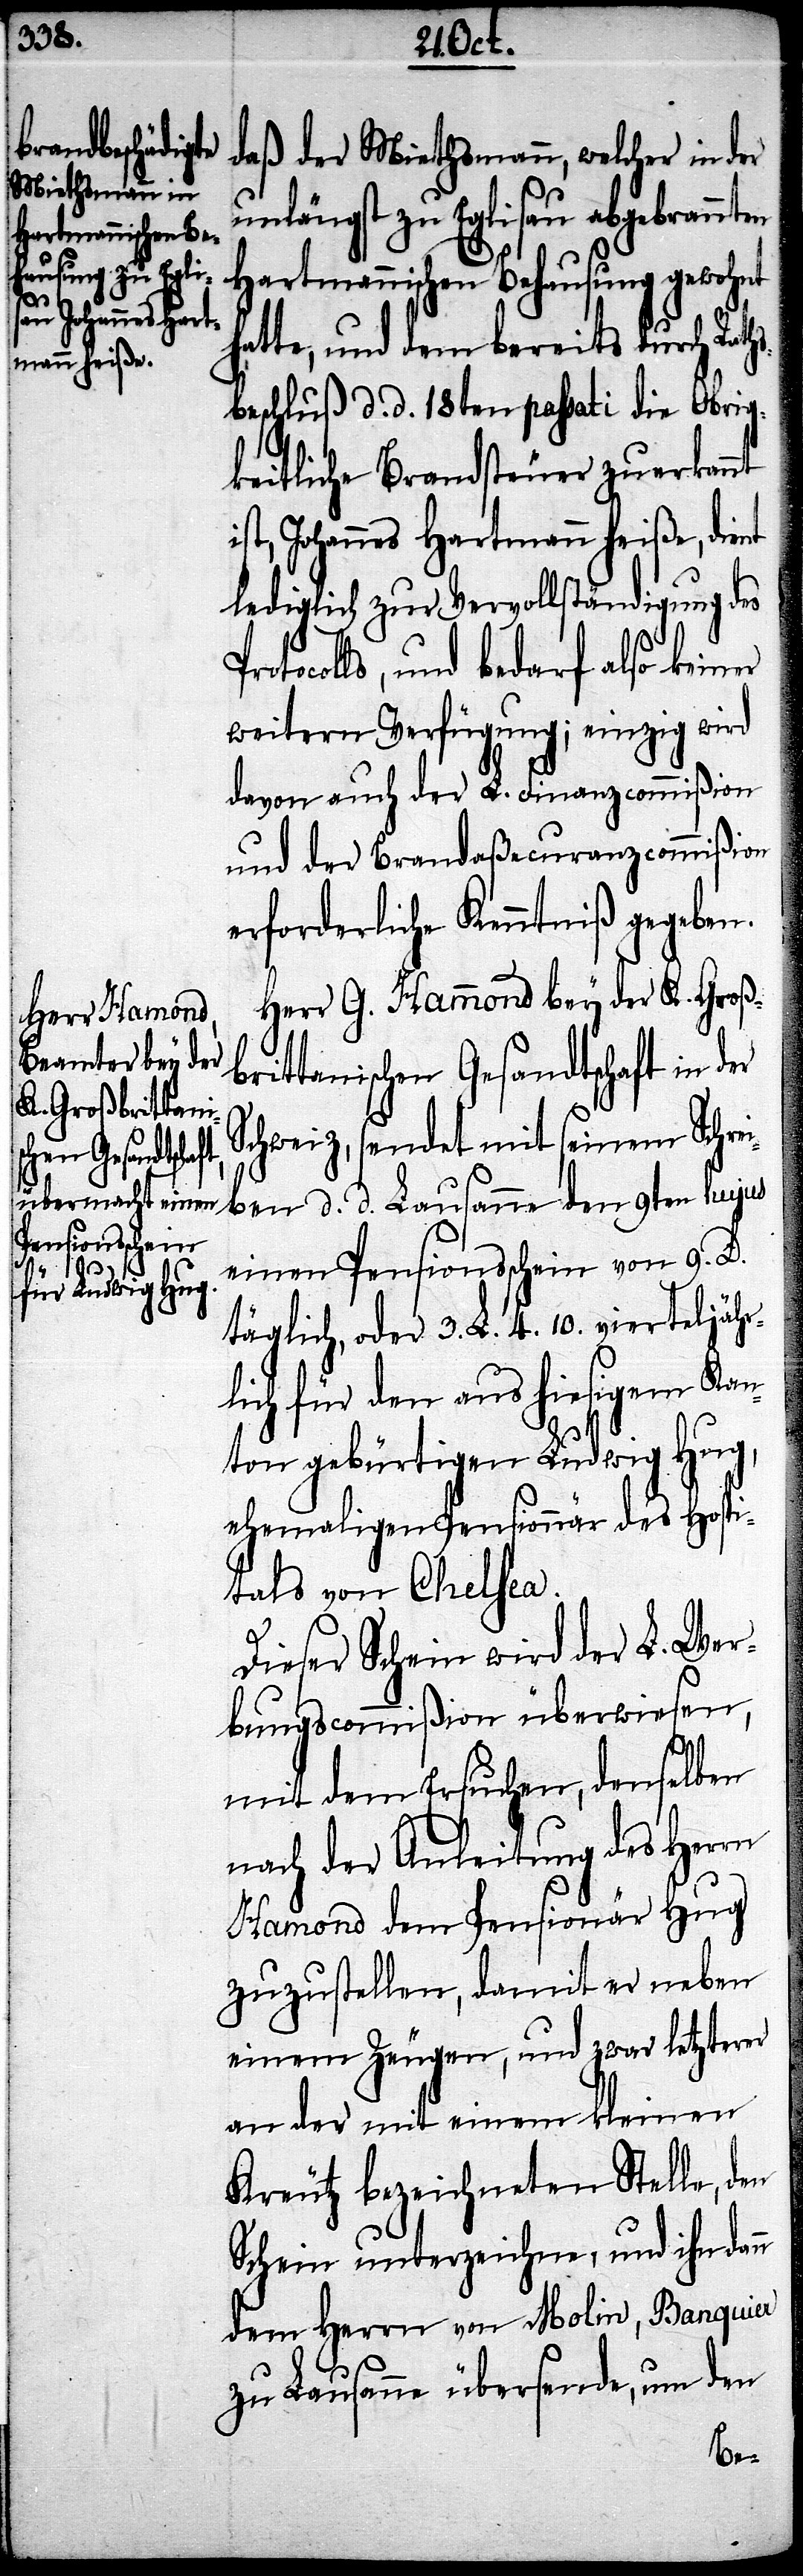
Hamond

daß der Miethsmann, welcher in der
unlängst zu Eglisau abgebrannt¬
Hartmannischen Behausung gewohnt
te, und dem bereits durch Rat¬
beschluß d. d. 18ten passati die Obrig¬
keitliche Brandsteuer zuerkannt
ist, Johannes Hartmann heiße, dient
lediglich zur Vervollständigung des
tocolls, und bedarf also keiner
weitern Verfügung; einzig wird
davon auch der L. Finanzcommißion
und der Brandaßecuranzcommißion
erforderliche Kenntniß gegeben.
Herr G. Hammond bey der K. Großb¬
rittanischen Gesandtschaft in der
Schweiz, sendet mit seinem Schrei¬
ben d. d. Lausanne den 9ten hujus
einen Pensionsschein von 9. D.
täglich, oder 3. L. 4. 10. vierteljähr¬
lich für den aus hiesigem Kan¬
ton gebürtigen Ludwig Hug,
ehemaligen Pensionnär des Hospi¬
tals vor Chelsea.
Dieser Schein wird der L. Wer¬
bungscommißion überwiesen,
mit dem Ersuchen, denselben
nach der Anleitung des Herrn
[sic!] dem Pensionär Hug
zuzustellen, damit er neben
einem Zeugen, und zwar letzterer
an der mit einem kleinen
Kreutz bezeichneten Stelle, den
Schein unterzeichne, und ihn dann
dem Herrn von Molin, Banquier
zu Lausanne übersende, um den